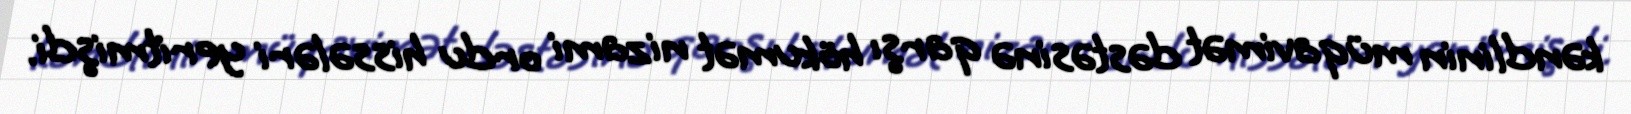
kəndlinin müqavimət dəstəsinə qarşı hökumət nizami ordu hissələri yeritmişdi.